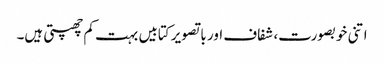
اتنی خوبصورت، شفاف اور با تصویر کتابیں بہت کم چھپتی ہیں۔